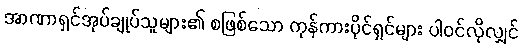
အာဏာရှင်အုပ်ချုပ်သူများ၏ စဖြစ်သော ကုန်ကားပိုင်ရှင်များ ပါဝင်လိုလျှင်